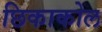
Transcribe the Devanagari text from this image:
छिकाकोल